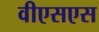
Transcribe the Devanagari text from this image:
वीएसएस